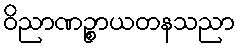
ဝိညာဏဉ္စာယတနသညာ